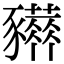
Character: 𧲒